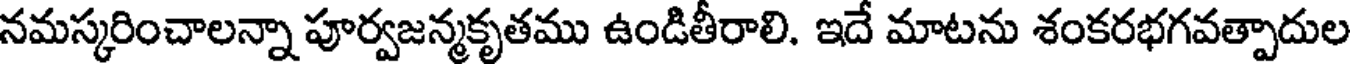
నమస్కరించాలన్నా పూర్వజన్మకృతము ఉండితీరాలి. ఇదే మాటను శంకరభగవత్పాదుల